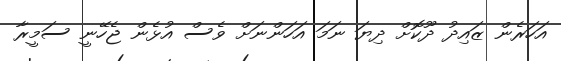
އަހަރެން ޒައިދު ދޫކޮށް ދިޔަ ނަމަ އަހަންނަށް ވެސް އުޅެން ޖެހޭނީ ސަމީރާ